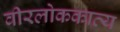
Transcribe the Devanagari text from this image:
वीरलोककाव्य